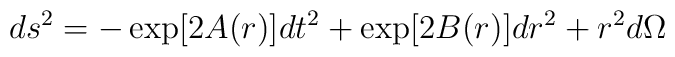
ds^2 = -\exp [2A(r)] dt^2 + \exp[2B(r)] dr^2 + r^2 d\Omega